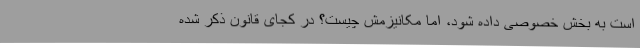
است به بخش خصوصی داده شود، اما مکانیزمش چیست؟ در کجای قانون ذکر شده